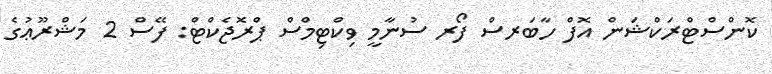
ކޮންސްޓްރަކްޝަން އޮފް ހާބަރސް ފޯރ ސުނާމީ ވިކްޓިމްސް ޕްރޮޖެކްޓް: ފޭސް 2 މަޝްރޫޢުގެ